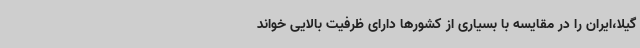
گیلا،ایران را در مقایسه با بسیاری از کشورها دارای ظرفیت بالایی خواند